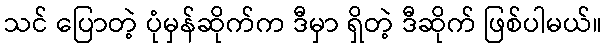
သင် ပြောတဲ့ ပုံမှန်ဆိုက်က ဒီမှာ ရှိတဲ့ ဒီဆိုက် ဖြစ်ပါမယ်။